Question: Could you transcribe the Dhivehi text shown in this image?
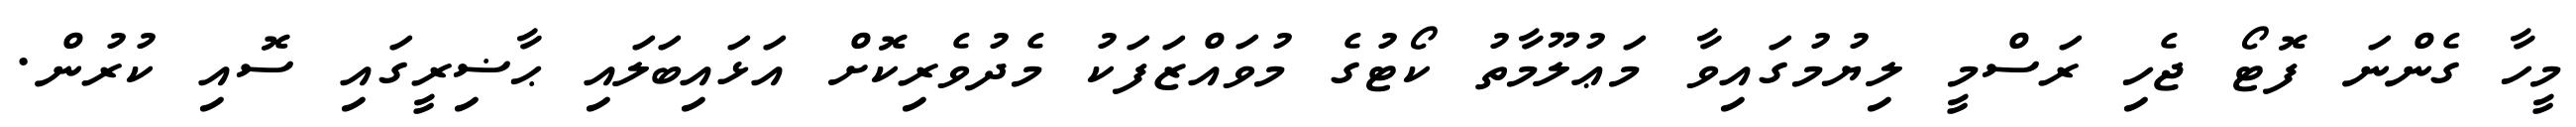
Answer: މީހާ ގެންނަ ފޮޓޯ ޖެހި ރަސްމީ ލިޔުމުގައިވާ މަޢުލޫމާތު ކޯޓުގެ މުވައްޒަފަކު މެދުވެރިކޮށް އަޅައިބަލައި ޙާޟިރީގައި ސޮއި ކުރުން.